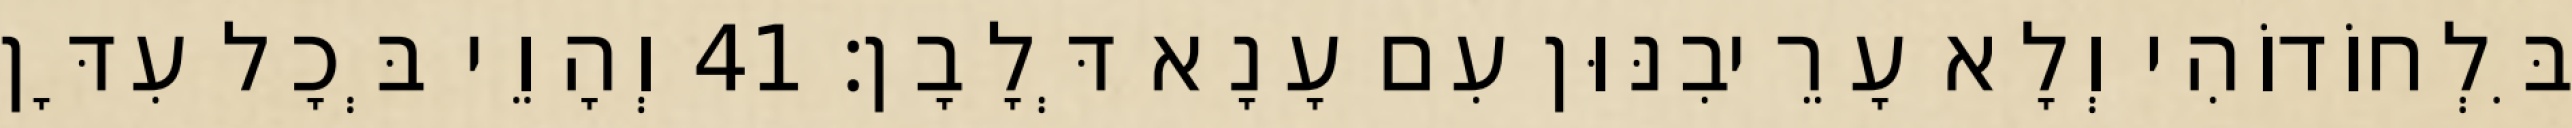
בִּלְחוֹדוֹהִי וְלָא עָרֵיבִנּוּן עִם עָנָא דְּלָבָן׃ 41 וְהָוֵי בְּכָל עִדָּן